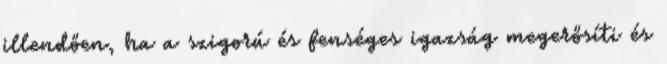
illendően, ha a szigorú és fenséges igazság megerősíti és